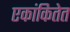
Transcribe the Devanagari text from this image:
एकांकितेत